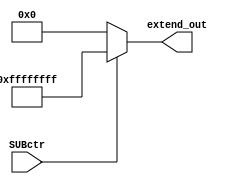
module extend32(SUBctr, extend_out);
	input SUBctr;
	output reg[31:0] extend_out;
	always @(*) begin
	if(SUBctr == 1)
		extend_out = 32'hffffffff;
	else
		extend_out = 32'b0;
	end

endmodule